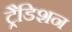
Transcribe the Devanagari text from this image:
ट्रैडिशन